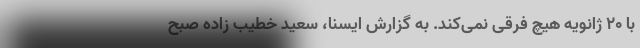
با ۲۰ ژانویه هیچ فرقی نمی‌کند. به گزارش ایسنا، سعید خطیب زاده صبح